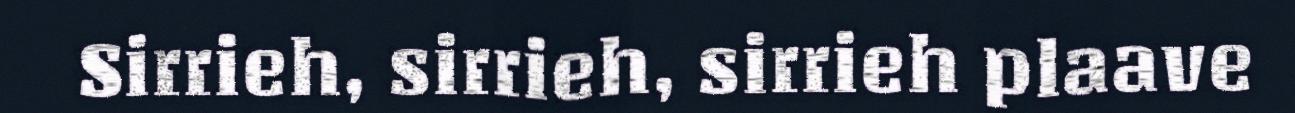
Sirrieh, sirrieh, sirrieh plaave